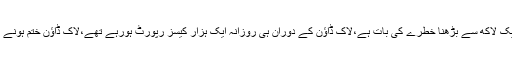
عالمیادارے کا کہنا ہے پاکستان میں کورونامریضوں کی تعداد ایک لاکھ سے بڑھنا خطرے کی بات ہے،لاک ڈاؤن کے دوران ہی روزانہ ایک ہزار کیسز رپورٹ ہورہے تھے،لاک ڈاؤن ختم ہونے کے بعد روازنہ مریضوں کی تعداد 4 ہزار سے اوپر ہوگئی ہے۔